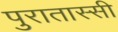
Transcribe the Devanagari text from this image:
पुरातास्सी